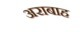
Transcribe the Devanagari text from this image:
अराबाह